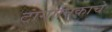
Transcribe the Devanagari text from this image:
टांगानिकाचे